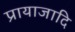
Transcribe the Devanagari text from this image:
प्रायाजादि